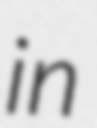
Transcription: in